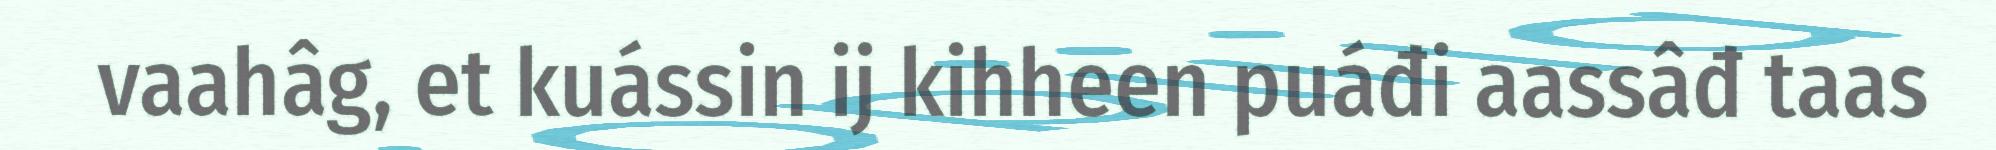
vaahâg, et kuássin ij kihheen puáđi aassâđ taas